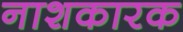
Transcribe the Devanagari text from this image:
नाशकारक